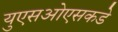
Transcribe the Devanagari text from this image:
युएसओएसकडे